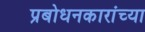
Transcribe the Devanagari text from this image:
प्रबोधनकारांच्या